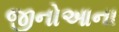
જીનોઆના